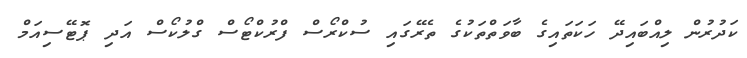
ކަދުރުން ލިއްބައިދޭ ހަކަތައިގެ ބާވަތްތަކުގެ ތެރޭގައި ސުކްރޯސް ފްރުކްޓޯސް ގްލުކޯސް އަދި ޕޮޓޭސިއަމް